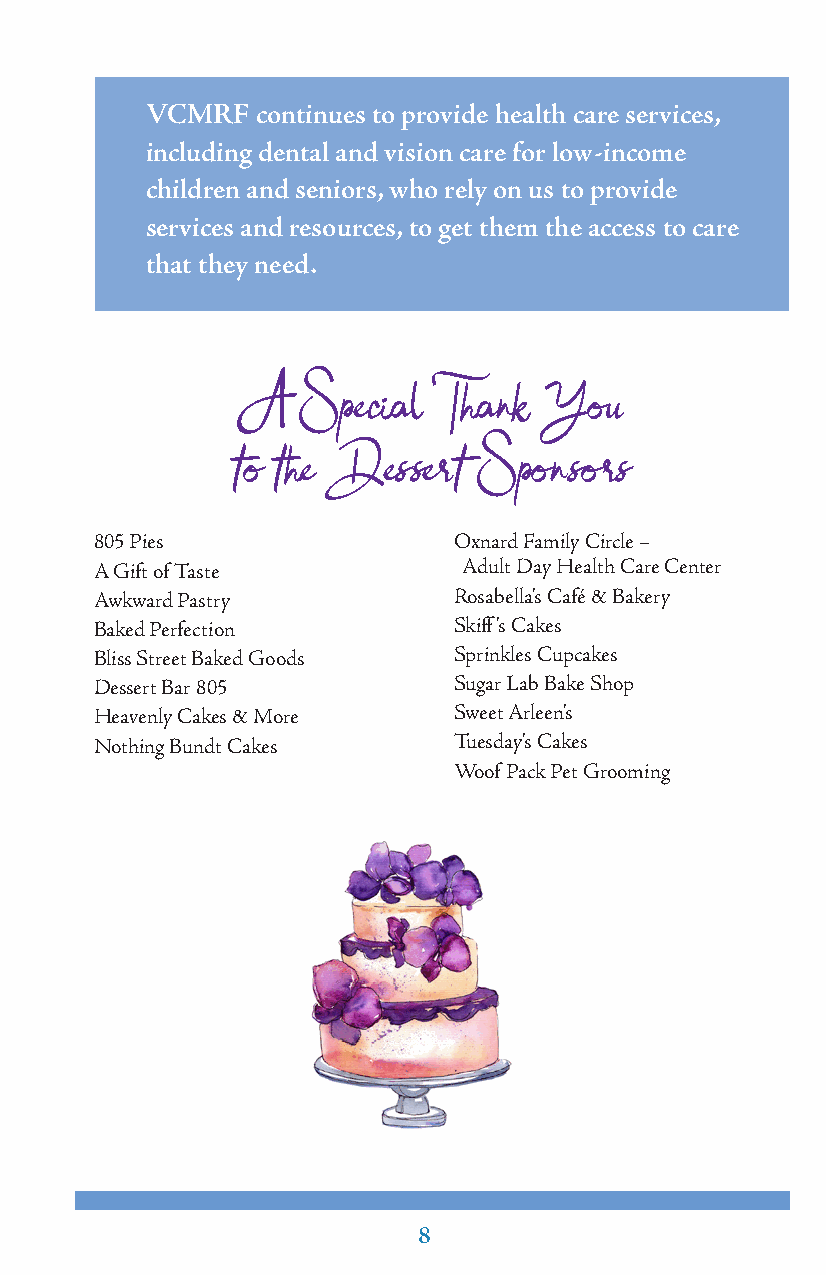
VCMRF  continues to provide health care services,
 including dental and vision care for low-income
 children and seniors, who rely on us to provide
 services and resources, to get them the access to care
 that they need.
 A   Special  Thank  You
 to the Dessert  Sponsors
 805 Pies                Oxnard Family Circle –
 A Gift of Taste          Adult Day Health Care Center
 Awkward Pastry          Rosabella’s Café & Bakery
 Baked Perfection        Skiff’s Cakes
 Bliss Street Baked Goods Sprinkles Cupcakes
 Dessert Bar 805         Sugar Lab Bake Shop
 Heavenly Cakes & More   Sweet Arleen’s
 Nothing Bundt Cakes     Tuesday’s Cakes
 Woof Pack Pet Grooming
 8